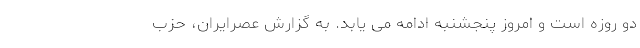
دو روزه است و امروز پنجشنبه ادامه می یابد. به گزارش عصرایران، حزب